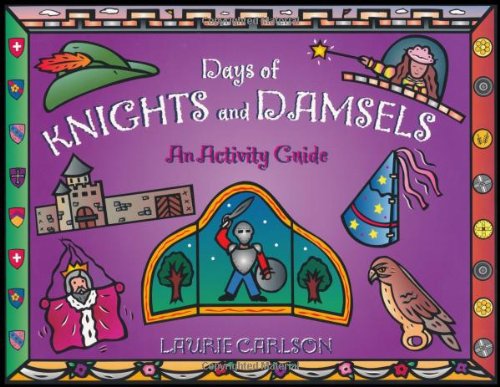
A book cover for Days of Knights and Damsels: An Activity Guide; Laurie Carlson; Children's Books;